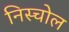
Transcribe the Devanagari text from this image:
निस्चोल